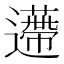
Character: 𨘬